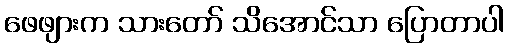
ဖေဖျားက သားတော် သိအောင်သာ ပြောတာပါ